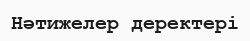
Нәтижелер деректері